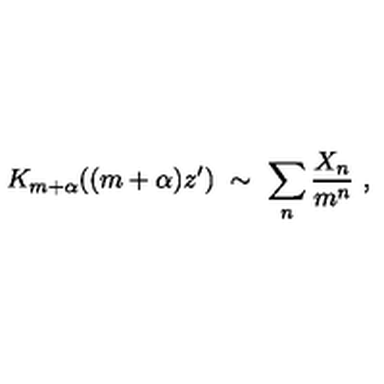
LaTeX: K _ { m + \alpha } ( ( m + \alpha ) z ^ { \prime } ) \ \sim \ \sum _ { n } \frac { X _ { n } } { m ^ { n } } \ ,